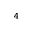
_ 4